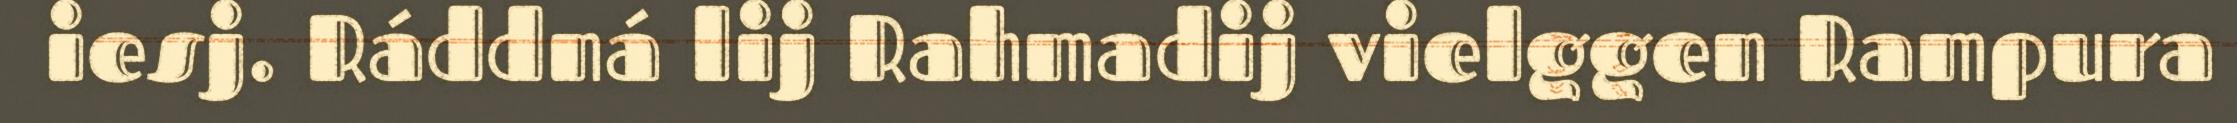
iesj. Ráddná lij Rahmadij vielggen Rampura